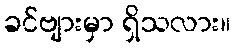
ခင်ဗျားမှာ ရှိသလား။